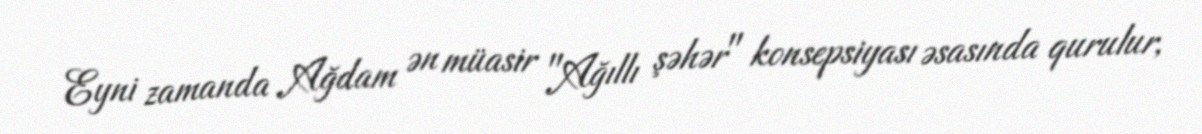
Eyni zamanda Ağdam ən müasir "Ağıllı şəhər" konsepsiyası əsasında qurulur,